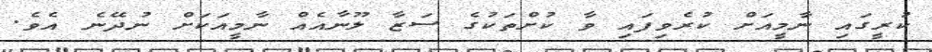
ކުރީގައި ނާމީއަށް ކުރެވިފައި ވާ ކުށްތަކުގެ ސަޒާ ލޫނާއެއް ނާމީއަކަށް ނުދޭނެ އެވެ.